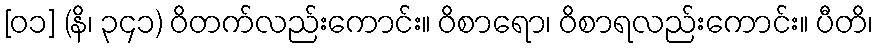
[၀၁] (နိ၊ ၃၄၁) ဝိတက်လည်းကောင်း။ ဝိစာရော၊ ဝိစာရလည်းကောင်း။ ပီတိ၊